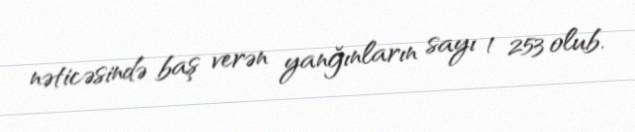
nəticəsində baş verən yanğınların sayı 1 253 olub.